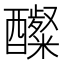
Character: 𮡋